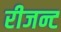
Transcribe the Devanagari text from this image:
रीजन्ट